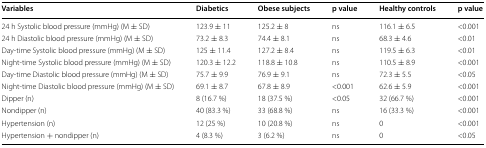
<table><thead><tr><td><b>Variables</b></td><td><b>Diabetics</b></td><td><b>Obese subjects</b></td><td><b>p value</b></td><td><b>Healthy controls</b></td><td><b>p value</b></td></tr></thead><tbody><tr><td>24 h Systolic blood pressure (mmHg) (M ± SD)</td><td>123.9 ± 11</td><td>125.2 ± 8</td><td>ns</td><td>116.1 ± 6.5</td><td>&lt;0.001</td></tr><tr><td>24 h Diastolic blood pressure (mmHg) (M ± SD)</td><td>73.2 ± 8.3</td><td>74.4 ± 8.1</td><td>ns</td><td>68.3 ± 4.6</td><td>&lt;0.01</td></tr><tr><td>Day-time Systolic blood pressure (mmHg) (M ± SD)</td><td>125 ± 11.4</td><td>127.2 ± 8.4</td><td>ns</td><td>119.5 ± 6.3</td><td>&lt;0.01</td></tr><tr><td>Night-time Systolic blood pressure (mmHg) (M ± SD)</td><td>120.3 ± 12.2</td><td>118.8 ± 10.8</td><td>ns</td><td>110.5 ± 8.9</td><td>&lt;0.001</td></tr><tr><td>Day-time Diastolic blood pressure (mmHg) (M ± SD)</td><td>75.7 ± 9.9</td><td>76.9 ± 9.1</td><td>ns</td><td>72.3 ± 5.5</td><td>&lt;0.05</td></tr><tr><td>Night-time Diastolic blood pressure (mmHg) (M ± SD)</td><td>69.1 ± 8.7</td><td>67.8 ± 8.9</td><td>&lt;0.001</td><td>62.6 ± 5.9</td><td>&lt;0.001</td></tr><tr><td>Dipper (n)</td><td>8 (16.7 %)</td><td>18 (37.5 %)</td><td>&lt;0.05</td><td>32 (66.7 %)</td><td>&lt;0.001</td></tr><tr><td>Nondipper (n)</td><td>40 (83.3 %)</td><td>33 (68.8 %)</td><td>ns</td><td>16 (33.3 %)</td><td>&lt;0.001</td></tr><tr><td>Hypertension (n)</td><td>12 (25 %)</td><td>10 (20.8 %)</td><td>ns</td><td>0</td><td>&lt;0.001</td></tr><tr><td>Hypertension + nondipper (n)</td><td>4 (8.3 %)</td><td>3 (6.2 %)</td><td>ns</td><td>0</td><td>&lt;0.05</td></tr></tbody></table>